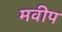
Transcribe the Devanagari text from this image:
मवीप